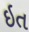
ઇત